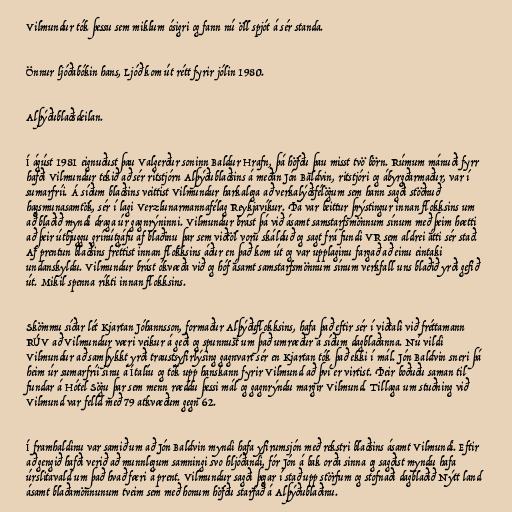
Vilmundur tók þessu sem miklum ósigri og fann nú öll spjót á sér standa.

Önnur ljóðabókin hans, Ljóð kom út rétt fyrir jólin 1980.

Alþýðublaðsdeilan.

Í ágúst 1981 eignuðust þau Valgerður soninn Baldur Hrafn, þá höfðu þau misst tvö börn. Rúmum mánuði fyrr
hafði Vilmundur tekið að sér ritstjórn Alþýðublaðsins á meðan Jón Baldvin, ritstjóri og ábyrgðarmaður, var í
sumarfríi. Á síðum blaðsins veittist Vilmundur harkalega að verkalýðsfélögum sem hann sagði stöðnuð
hagsmunasamtök, sér í lagi Verzlunarmannafélag Reykjavíkur. Þá var beittur þrýstingur innan flokksins um
að blaðið myndi draga úr gagnrýninni. Vilmundur brást þá við ásamt samstarfsmönnum sínum með þeim hætti
að þeir útbjuggu grínútgáfu af blaðinu þar sem viðtöl voru skálduð og sagt frá fundi VR sem aldrei átti sér stað.
Af prentun blaðsins fréttist innan flokksins áður en það kom út og var upplaginu fargað að einu eintaki
undanskyldu. Vilmundur brást ókvæða við og hóf ásamt samstarfsmönnum sínum verkfall uns blaðið yrði gefið
út. Mikil spenna ríkti innan flokksins.

Skömmu síðar lét Kjartan Jóhannsson, formaður Alþýðuflokksins, hafa það eftir sér í viðtali við fréttamann
RÚV að Vilmundur væri veikur á geði og spunnust um það umræður á síðum dagblaðanna. Nú vildi
Vilmundur að samþykkt yrði traustsyfirlýsing gagnvart sér en Kjartan tók það ekki í mál. Jón Baldvin sneri þá
heim úr sumarfríi sínu á Ítalíu og tók upp hanskann fyrir Vilmund að því er virtist. Þeir boðuðu saman til
fundar á Hótel Sögu þar sem menn ræddu þessi mál og gagnrýndu margir Vilmund. Tillaga um stuðning við
Vilmund var felld með 79 atkvæðum gegn 62.

Í framhaldinu var samið um að Jón Baldvin myndi hafa yfirumsjón með rekstri blaðsins ásamt Vilmundi. Eftir
að gengið hafði verið að munnlegum samningi svo hljóðandi, fór Jón á bak orða sinna og sagðist myndu hafa
úrslitavald um það hvað færi á prent. Vilmundur sagði þegar í stað upp störfum og stofnaði dagblaðið Nýtt land
ásamt blaðamönnunum tveim sem með honum höfðu starfað á Alþýðublaðinu.